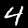
Digit: 4